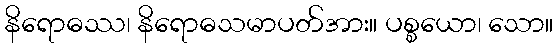
နိရောဓဿ၊ နိရောဓသမာပတ်အား။ ပစ္စယော၊ သော။